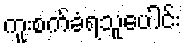
ကူးစက်ခံရသူပေါင်း